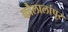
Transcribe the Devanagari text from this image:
कौलालांपूर